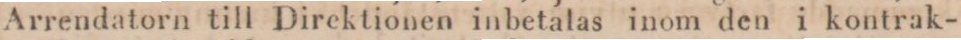
Arrendatorn till Direktionen inbetalas inom den i kontrak-